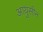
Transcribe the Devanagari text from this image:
आयुसीन